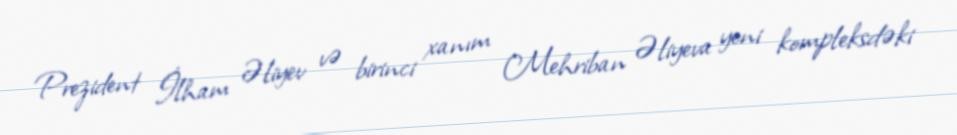
Prezident İlham Əliyev və birinci xanım Mehriban Əliyeva yeni kompleksdəki